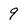
Character: 9